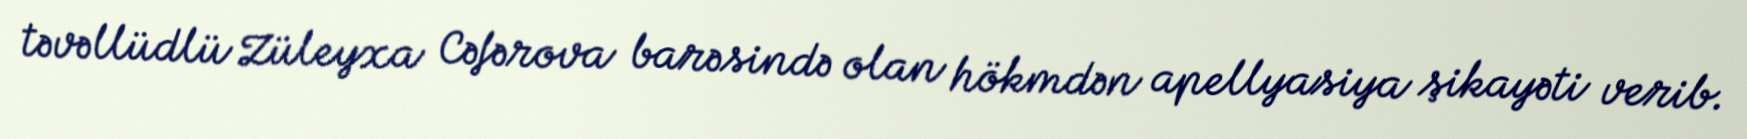
təvəllüdlü Züleyxa Cəfərova barəsində olan hökmdən apellyasiya şikayəti verib.